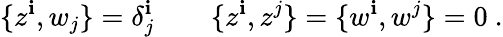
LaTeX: \{ z^{\mathbf{i}},w_{j}\} =\delta_{j}^{\mathbf{i}}\qquad\{ z^{\mathbf{i}},z^{j}\} =\{ w^{\mathbf{i}},w^{j}\} =0\ .